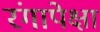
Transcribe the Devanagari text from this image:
रंगापेक्षा